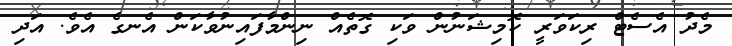
މެދު އެސެޓް ރިކަވަރީ ކޮމިޝަނުން ވަކި ގޮތެއް ނިންމާފައިނުވާކަން އެނގެ އެވެ. އަދި